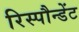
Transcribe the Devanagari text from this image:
रिस्पौन्डेंट